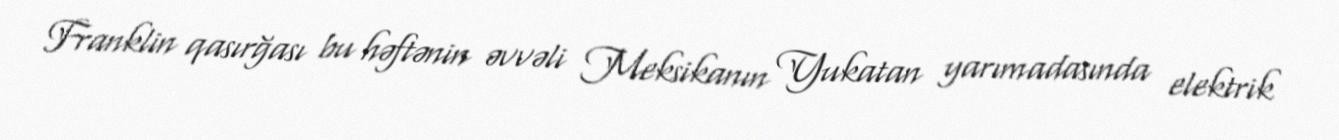
Franklin qasırğası bu həftənin əvvəli Meksikanın Yukatan yarımadasında elektrik